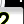
Digit: 2